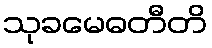
သုခမေဓတီတိ